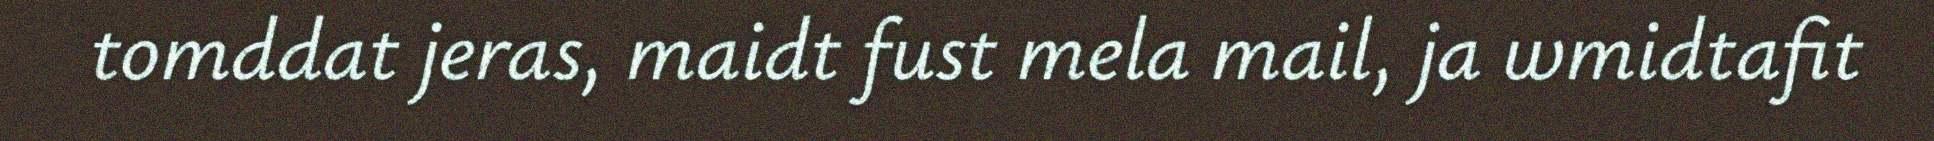
tomddat jeras, maidt fust mela mail, ja wmidtafit